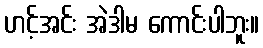
ဟင့်အင်း အဲဒါမ ကောင်းပါဘူး။